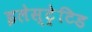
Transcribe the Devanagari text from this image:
इलेस्‍ट्रेटिड